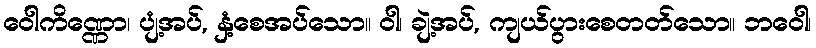
ဝေါကိဏ္ဏော၊ ပျံ့အပ်, နှံ့စေအပ်သော။ ဝါ၊ ချဲ့အပ်, ကျယ်ပွားစေတတ်သော။ ဘဝေါ၊